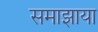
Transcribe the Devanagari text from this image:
समाझाया